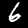
Digit: 6